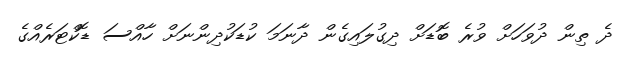
ދެ ތިން ދުވަހަށް ވުރެ ބޮޑަށް ދިގުލައިގެން ދާނަމަ ކުޑަކުދިންނަށް ހާއްސަ ޑޮކްޓަރެއްގެ